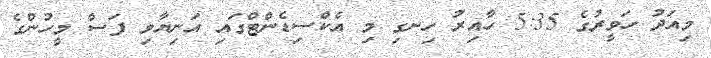
މިއަދު ހަވީރުގެ 5:35 ހާއިރު ހިނގި މި އެކްސިޑެންޓްގައި އަނިޔާވި ފަސް މީހުންގެ